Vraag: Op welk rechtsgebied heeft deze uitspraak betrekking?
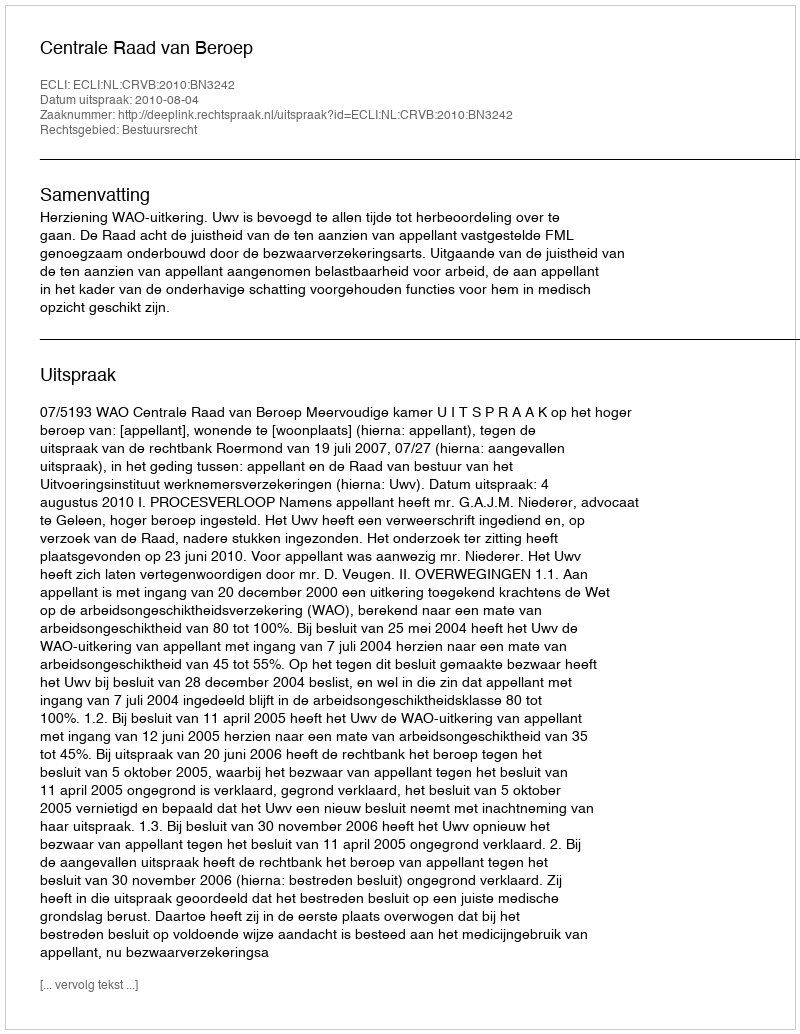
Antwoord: Bestuursrecht